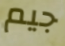
جيم